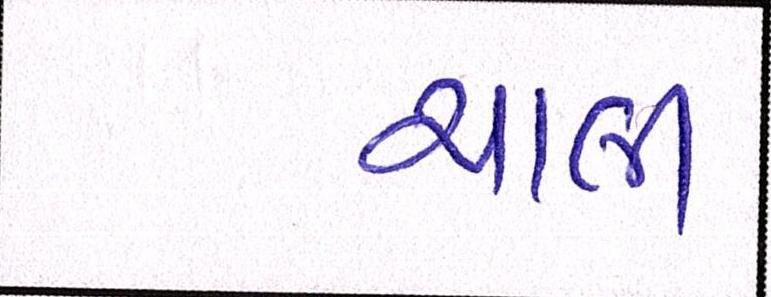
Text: ચાલી